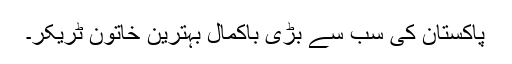
پاکستان کی سب سے بڑی باکمال بہترین خاتون ٹریکر۔